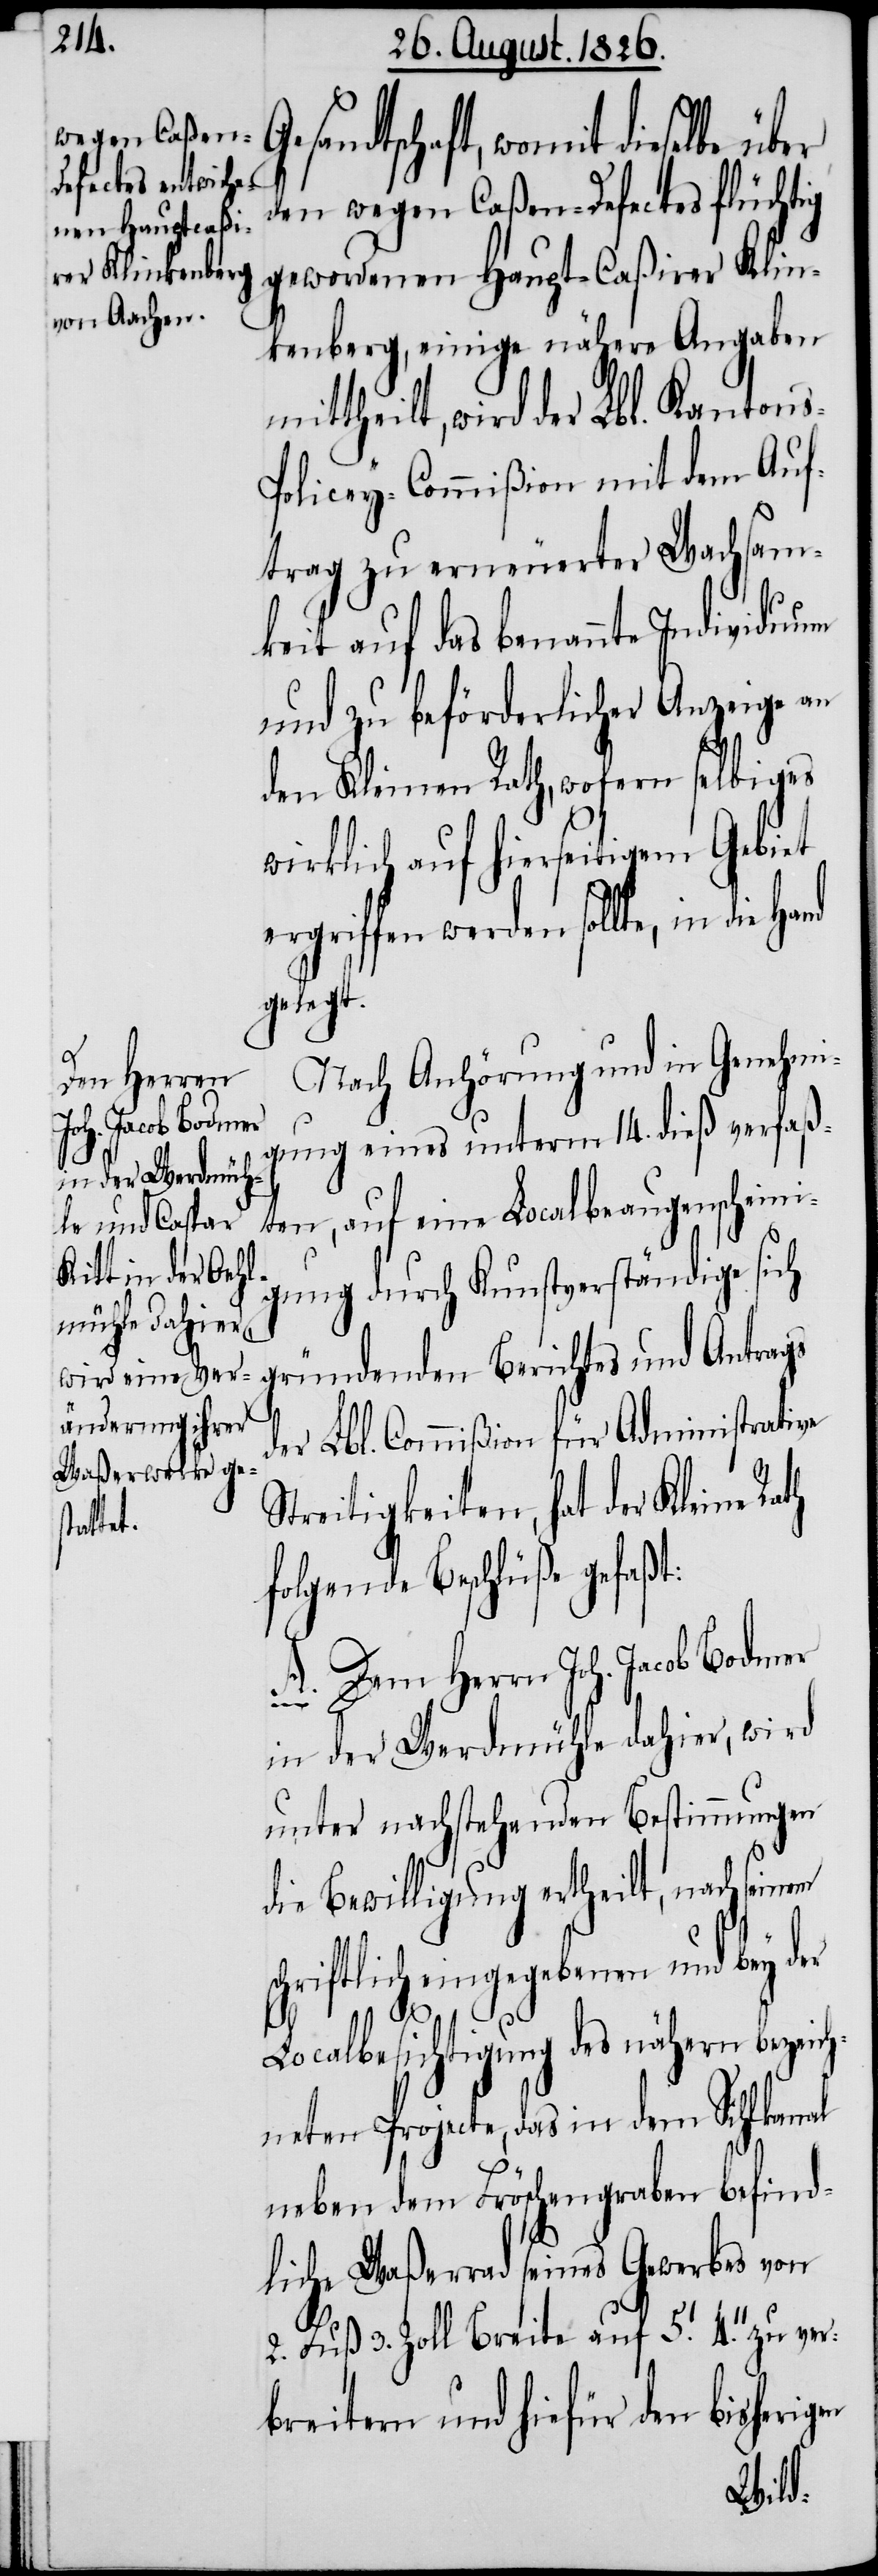
G¬
th

esandtschaft, womit dieselbe
den wegen Caßen-Defectes flüchtig
gewordenen Haupt-Caßirer Klin¬
kenberg, einige nähere Angaben
mittheilt, wird der Lbl. Kanton¬
olicey-Commißion mit dem Auf¬
trag zu erneuerter Wachsam¬
keit auf das benannte Individuum
und zu beförderlicher Anzeige an
den Kleinen Rath, wofern selbiges
wirklich auf hierseitigem Gebiet
ergriffen werden sollte, in die
gelegt.
Nach Anhörung und in Genehmi¬
gung eines unterm 14. dieß verfaß¬
ten, auf eine Localbeaugenscheini¬
gung durch Kunstverständige sich
gründenden Berichtes und Antrags
der Lbl. Commißion für Administrative
Streitigkeiten, hat der Kleine Ra¬
folgende Beschlüße gefaßt:
A. Dem Herrn Joh. Jacob Bodmer
in der Werdmühle dahier, wird
unter nachstehenden Bestimmungen
die Bewilligung ertheilt, nach seinem
schriftlich eingegebenen und bey der
s-P¬
Localbesichtigung des nähern bezeich¬
neten Projecte, das in dem Sihlkanal
neben dem Fröschengraben befind¬
liche Waßerrad seines Gewerkes von
2. Fuß 3. Zoll Breite auf 5’. 4’’. zu
breitern und hiefür den bisherigen
ver¬